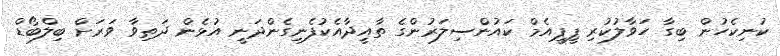
ކުނިކެހުން ބިގާ ހަވާލުކުރި ޕީޕީއެމް ކައުންސިލަރުންގެ ތާއީދާއެކުފެނިގެންދަނީ އުޅެން ދަތިވާ ވަރަށް ބިލްބޯޑް